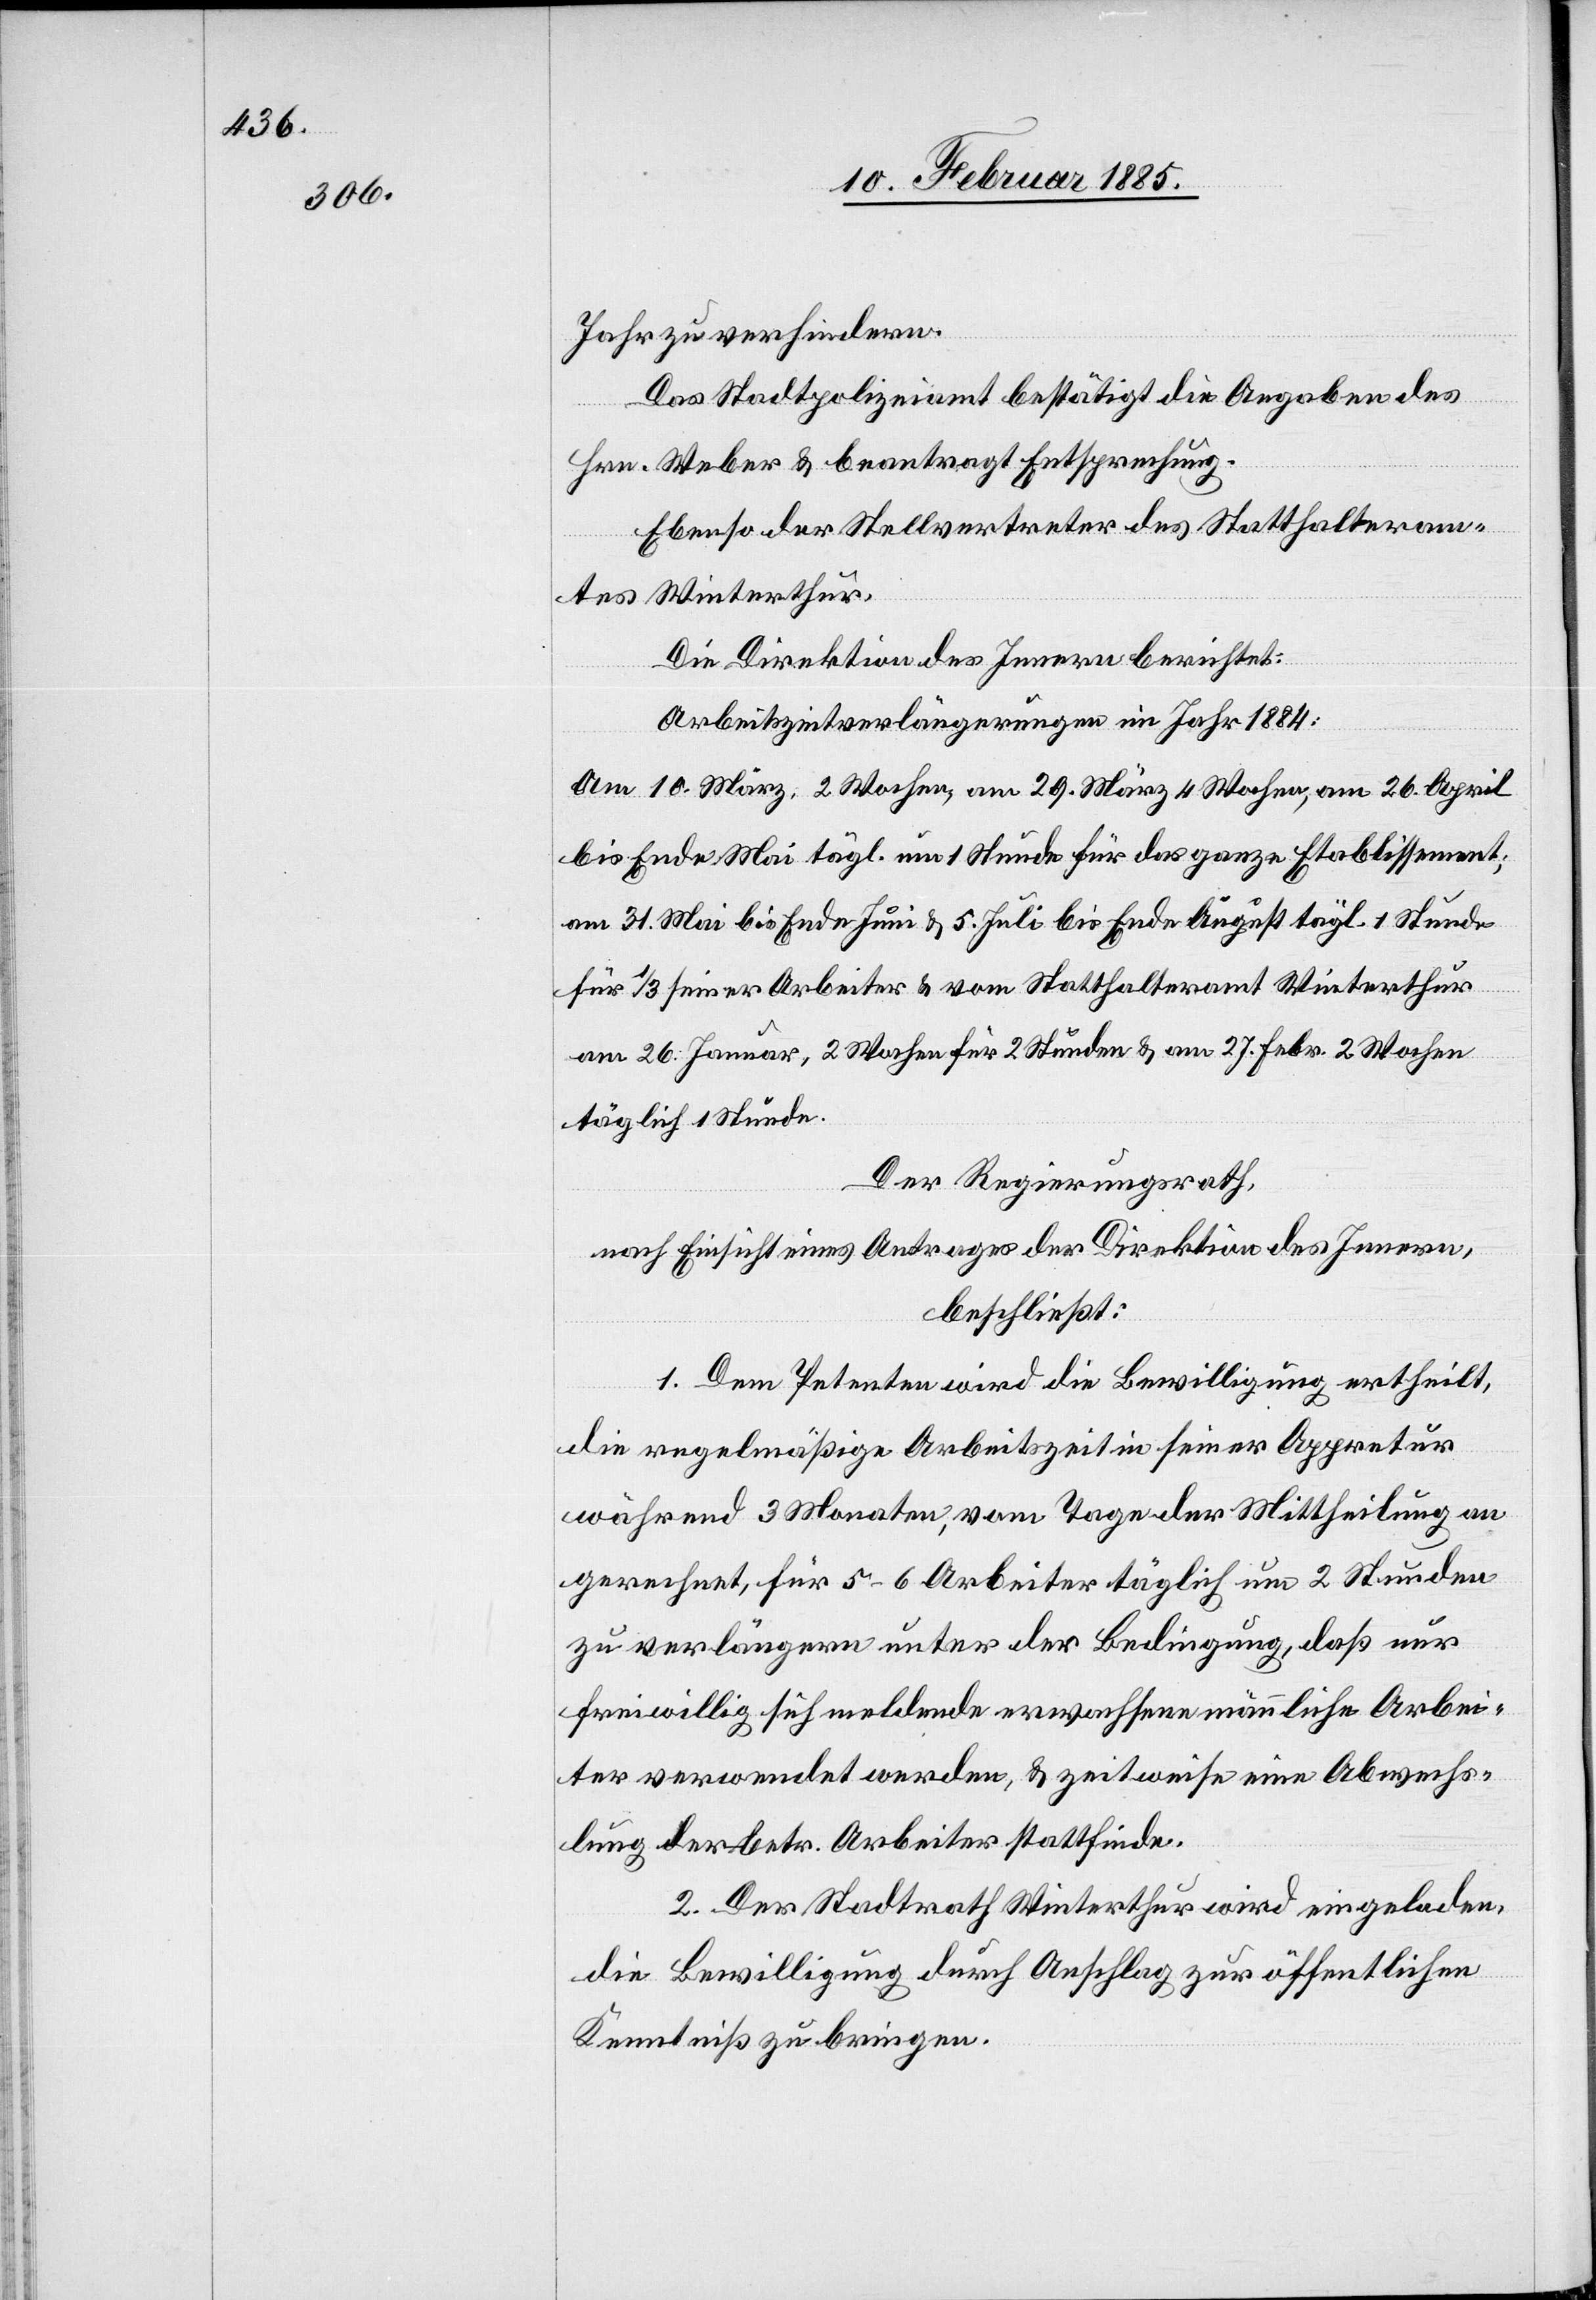
Jahr zu verhindern.
Das Stadtpolizeiamt bestätigt die Angaben des
Hrn. Weber & beantragt Entsprechung.
Ebenso der Stellvertreter des Statthalteram¬
tes Winterthur.
Die Direktion des Innern berichtet:
Arbeitszeitverlängerungen im Jahr 1884:
Am 10. März 2 Wochen, am 29. März 4 Wochen, am 26. April
bis Ende Mai tägl. um 1 Stunde für das ganze Etablissement;
am 31. Mai bis Ende Juni & 5. Juli bis Ende August tägl. 1 Stunde
für 1/3 seiner Arbeiter & vom Statthalteramt Winterthur
am 26. Januar, 2 Wochen für 2 Stunden & am 27. Febr. 2 Wochen
täglich 1 Stunde.
Der Regierungsrath,
nach Einsicht eines Antrages der Direktion des Innern,
beschließt:
1. Dem Petenten wird die Bewilligung ertheilt,
die regelmäßige Arbeitszeit in seiner Appretur
während 3 Monaten, vom Tage der Mittheilung an
gerechnet, für 5–6 Arbeiter täglich um 2 Stunden
zu verlängern unter der Bedingung, daß nur
freiwillig sich meldende erwachsene männliche Arbei¬
ter verwendet werden, & zeitweise eine Abwechs¬
lung der betr. Arbeiter stattfinde.
2. Der Stadtrath Winterthur wird eingeladen,
die Bewilligung durch Anschlag zur öffentlichen
Kenntniß zu bringen.